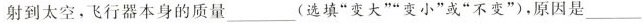
射到太空，飞行器本身的质量___(选填”变大””变小”或”不变”)，原因是___。